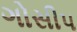
ગોસીપ